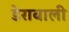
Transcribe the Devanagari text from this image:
डेरावाली